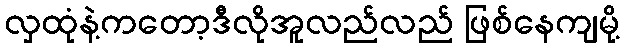
လှထုံနဲ့ကတော့ဒီလိုအူလည်လည် ဖြစ်နေကျမို့